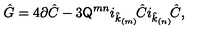
\hat { G } = 4 \partial \hat { C } - 3 \mathsf { Q } ^ { m n } i _ { \hat { k } _ { \scriptscriptstyle ( m ) } } \! \hat { C } i _ { \hat { k } _ { \scriptscriptstyle ( n ) } } \! \hat { C } ,